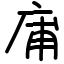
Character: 庯